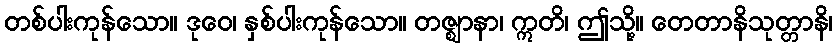
တစ်ပါးကုန်သော။ ဒုဝေ၊ နှစ်ပါးကုန်သော။ တဇ္ဈာနာ၊ ဣတိ၊ ဤသို့။ တေတာနိသုတ္တာနိ၊